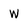
Character: w